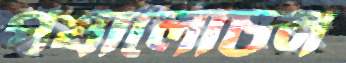
পর্যালোচন